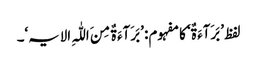
لفظ ’بَرَآءَ ۃٌ‘ کا مفہوم: ’بَرَآءَ ۃٌ مِنَ اللّٰہِ الایہ‘۔